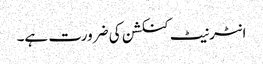
انٹرنیٹ کنکشن کی ضرورت ہے۔